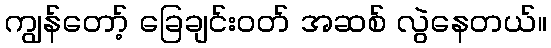
ကျွန်တော့် ခြေချင်းဝတ် အဆစ် လွဲနေတယ်။